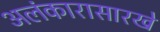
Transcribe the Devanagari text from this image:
अलंकारासारखे